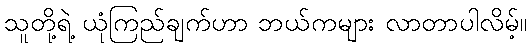
သူတို့ရဲ့ ယုံကြည်ချက်ဟာ ဘယ်ကများ လာတာပါလိမ့်။